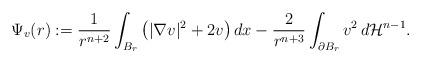
LaTeX: \begin{align*} \Psi_v(r):=\frac{1}{r^{n+2}}\int_{B_r}\big(|\nabla v|^2 + 2v\big)\,dx -\frac{2}{r^{n+3}}\int_{\partial B_r} v^2\,d\mathcal{H}^{n-1}.\end{align*}